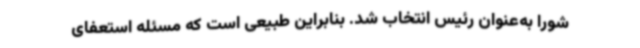
شورا به‌عنوان رئیس انتخاب شد. بنابراین طبیعی است که مسئله‌ استعفای